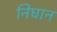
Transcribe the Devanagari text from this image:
निघान